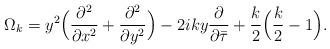
LaTeX: \begin{align*} \Omega_k=y^2\Big(\frac{\partial^2}{\partial x^2}+\frac{\partial^2}{\partial y^2}\Big)-2iky\frac{\partial}{\partial\bar\tau}+\frac k2\Big(\frac k2-1\Big).\end{align*}